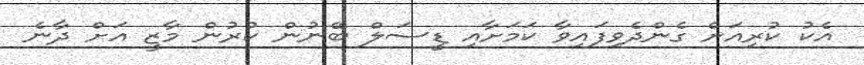
އެކު ކުރިއަށް ގެންދެވިފައިވާ ކަމަށާއި ޑީސަލް ބޭނުން ކުރުން މާޒީ އަށް ދާނެ